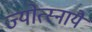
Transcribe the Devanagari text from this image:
ज्योत्स्नायै